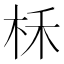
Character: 柇